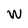
Character: W